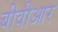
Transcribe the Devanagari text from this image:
बीवीआर